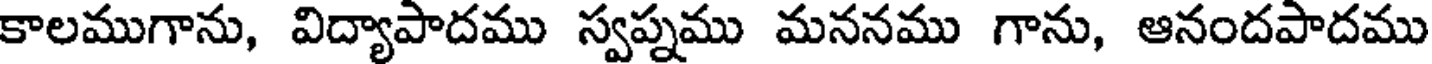
కాలముగాను, విద్యాపాదము స్వప్నము మననము గాను, ఆనందపాదము